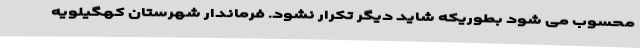
محسوب می شود بطوریکه شاید دیگر تکرار نشود. فرماندار شهرستان کهگیلویه